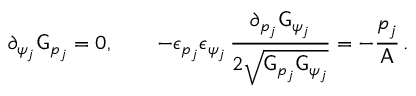
\partial _ { \psi _ { j } } \mathsf { G } _ { p _ { j } } = 0 , \qquad - \epsilon _ { p _ { j } } \epsilon _ { \psi _ { j } } \, \frac { \partial _ { p _ { j } } \mathsf { G } _ { \psi _ { j } } } { 2 \sqrt { \mathsf { G } _ { p _ { j } } \mathsf { G } _ { \psi _ { j } } } } = - \frac { p _ { j } } { \mathsf { A } } \, .